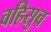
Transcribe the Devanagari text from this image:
वहिसुव